Indian journal of veterinary science and animal husbandry - Volume 12,
Year: 1942
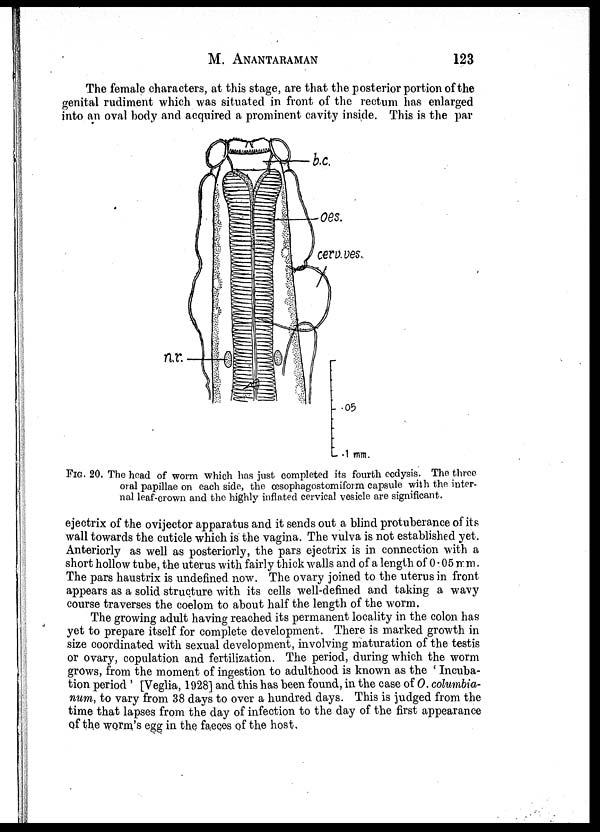
M. ANANTARAMAN 123
The female characters, at this stage, are that the posterior portion of the
genital rudiment which was situated in front of the rectum has enlarged
into an oval body and acquired a prominent cavity inside. This is the par
FIG. 20. The head of worm which has just completed its fourth ecdysis. The three
oral papillae on each side, the œsophagostomiform capsule with the inter-
nal leaf-crown and the highly inflated cervical vesicle are significant.
ejectrix of the ovijector apparatus and it sends out a blind protuberance of its
wall towards the cuticle which is the vagina. The vulva is not established yet.
Anteriorly as well as posteriorly, the pars ejectrix is in connection with a
short hollow tube, the uterus with fairly thick walls and of a length of 0.05 mm.
The pars haustrix is undefined now. The ovary joined to the uterus in front
appears as a solid structure with its cells well-defined and taking a wavy
course traverses the coelom to about half the length of the worm.
The growing adult having reached its permanent locality in the colon has
yet to prepare itself for complete development. There is marked growth in
size coordinated with sexual development, involving maturation of the testis
or ovary, copulation and fertilization. The period, during which the worm
grows, from the moment of ingestion to adulthood is known as the ' Incuba-
tion period ' [Veglia, 1928] and this has been found, in the case of O. columbia-
num, to vary from 38 days to over a hundred days. This is judged from the
time that lapses from the day of infection to the day of the first appearance
of the worm's egg in the faeces of the host.